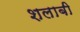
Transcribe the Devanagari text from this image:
शलाबी